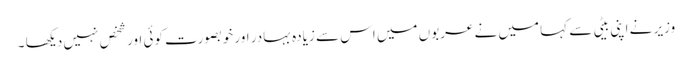
وزیر نے اپنی بیٹی سے کہا میں نے عربوں میں اس سے زیادہ بہادر اور خوبصورت کوئی اور شخص نہیں دیکھا ۔